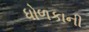
ધોળકાની